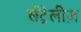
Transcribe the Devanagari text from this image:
सेंट्रेलीज़